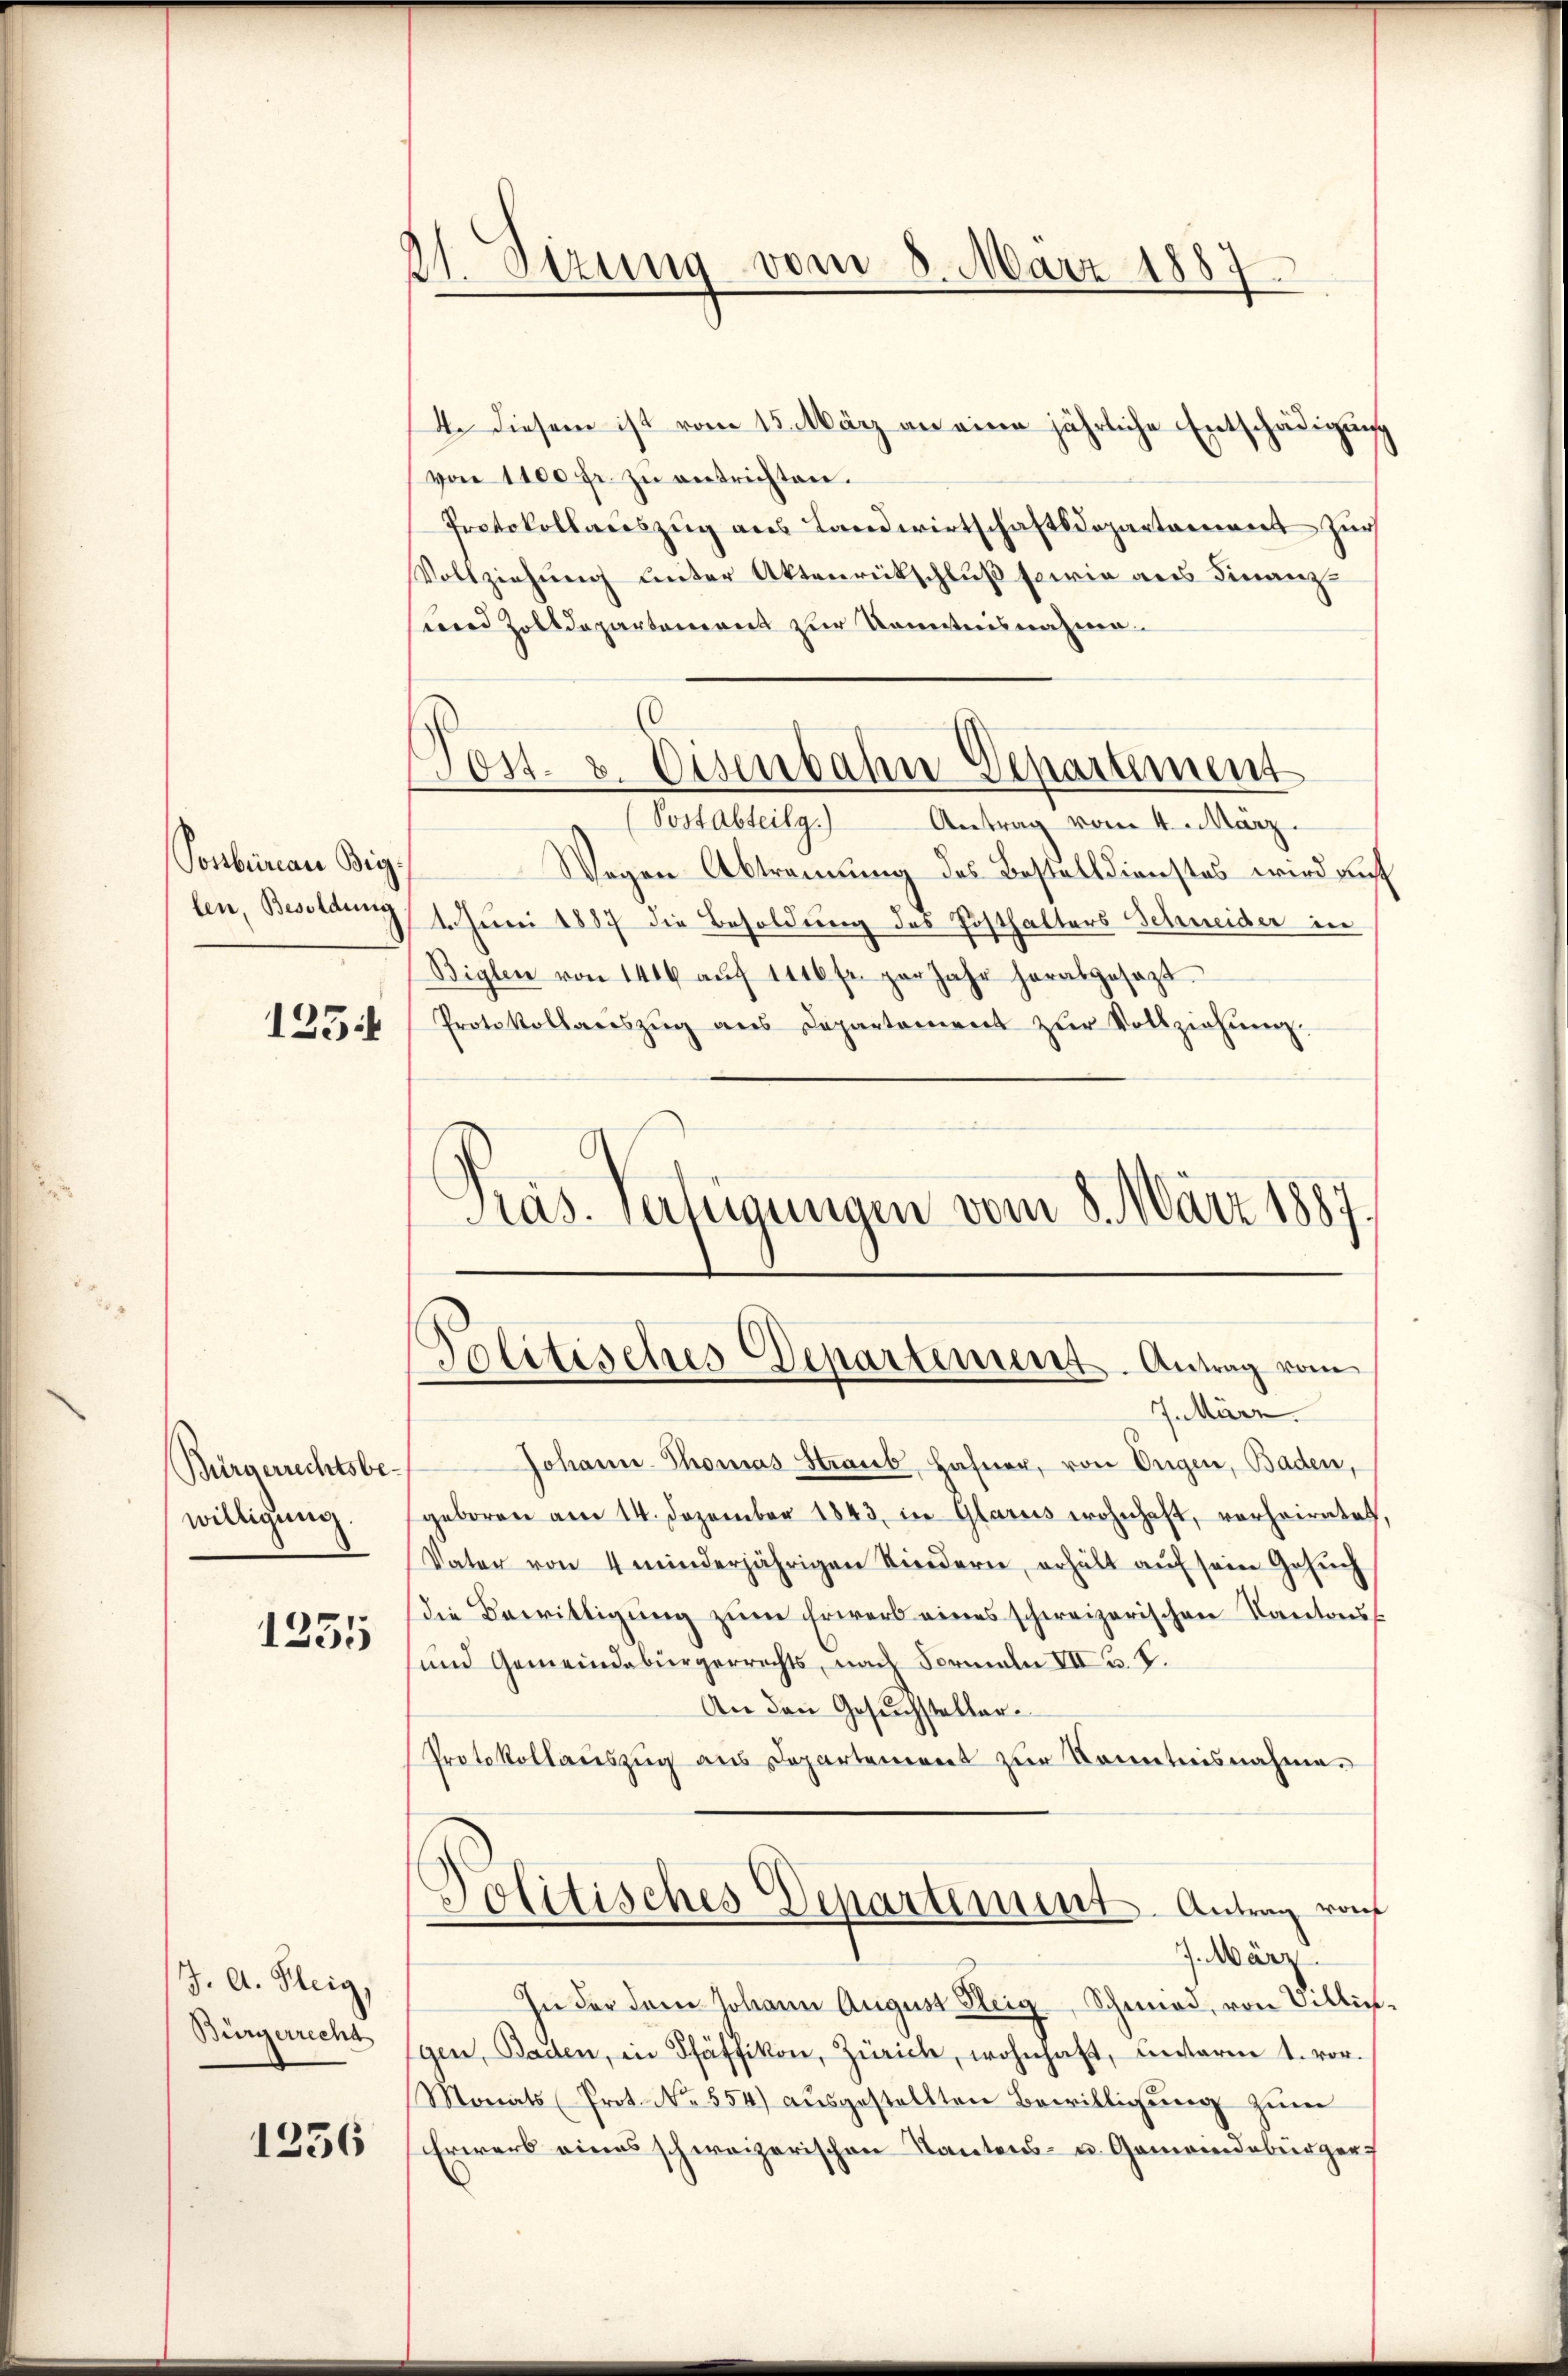
Possbureau Big:
len, Besoldung

1254

Bürgerrechtsbewilligung.

1335

J. A. Fleig
Bürgerrecht

1356

11.Sizung vom 8. März 1887

(
Post- & Eisenbahn-Departement

Präs. Verfügungen vom 8. März 1887,
Politisches Departement. Antrag vom

4. diesem ist vom 15. März an eine jährliche Entschädigung
von 1100 fr. zu entrichten.
Protokollauszug aus Landwirtschaftsdepartement zur
Vollziehung unter Aktenrückschluß sowie aus Finanz-
und Zolldepartement zur Kenntnisnahme
Postabteilg.) Antrag vom 4. März.
Wegen Abtrennung des Bestelldienstes wird auf
4. Juni 1887 die Besoldung des Posthalters Schneider in
Biglen von 1416 aŭf 1116 fr. per Jahr herabgesagt.
Protokollaneszŭg ans Departement zŭr Vollziehŭng.
7. März.
Johann Thomas Straub, Hafner, von Eugen, Baden,
geboren am 14. Dezember 1843 in Glarus wohnhaft, vorheiratet,
Vater von 4 minderjährigen Kindern, erhält aŭf sein Gesŭch
die Bewilligung zum Erwerb eines schweizerischen Kantons¬
und Gemeindebürgerrechts, nach Formeln VII u. P.
An den Gesuchsteller¬
Protokollauszug aus Departement zur Kenntnisnahme.
Politisches Departement. Antrag von
7. März
In der dem Johann August Ileig, Schmied, von Villig
gen, Baden, in Pfäffikon, Zürich, wohnhaft, unterm 1. vor.
Monats (Prot. No. 554) ausgestellten Bewilligung zum
Erwerb eines schweizerischen Kantons- u. Gemeindebürger¬